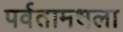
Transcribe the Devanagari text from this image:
पर्वतामधला